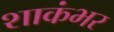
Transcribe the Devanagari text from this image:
शाकंभर